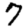
Digit: 7